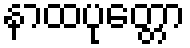
နာထပုတ္တော